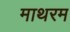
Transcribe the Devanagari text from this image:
माथरम